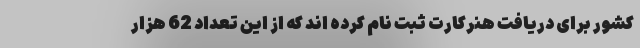
کشور برای دریافت هنرکارت ثبت نام کرده اند که از این تعداد 62 هزار